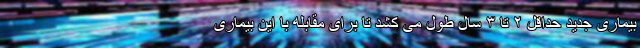
بیماری جدید حداقل ۲ تا ۳ سال طول می کشد تا برای مقابله با این بیماری